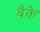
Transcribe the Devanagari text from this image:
बैके